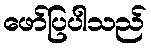
ဖော်ပြပါသည်